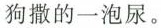
狗撒的一泡尿。